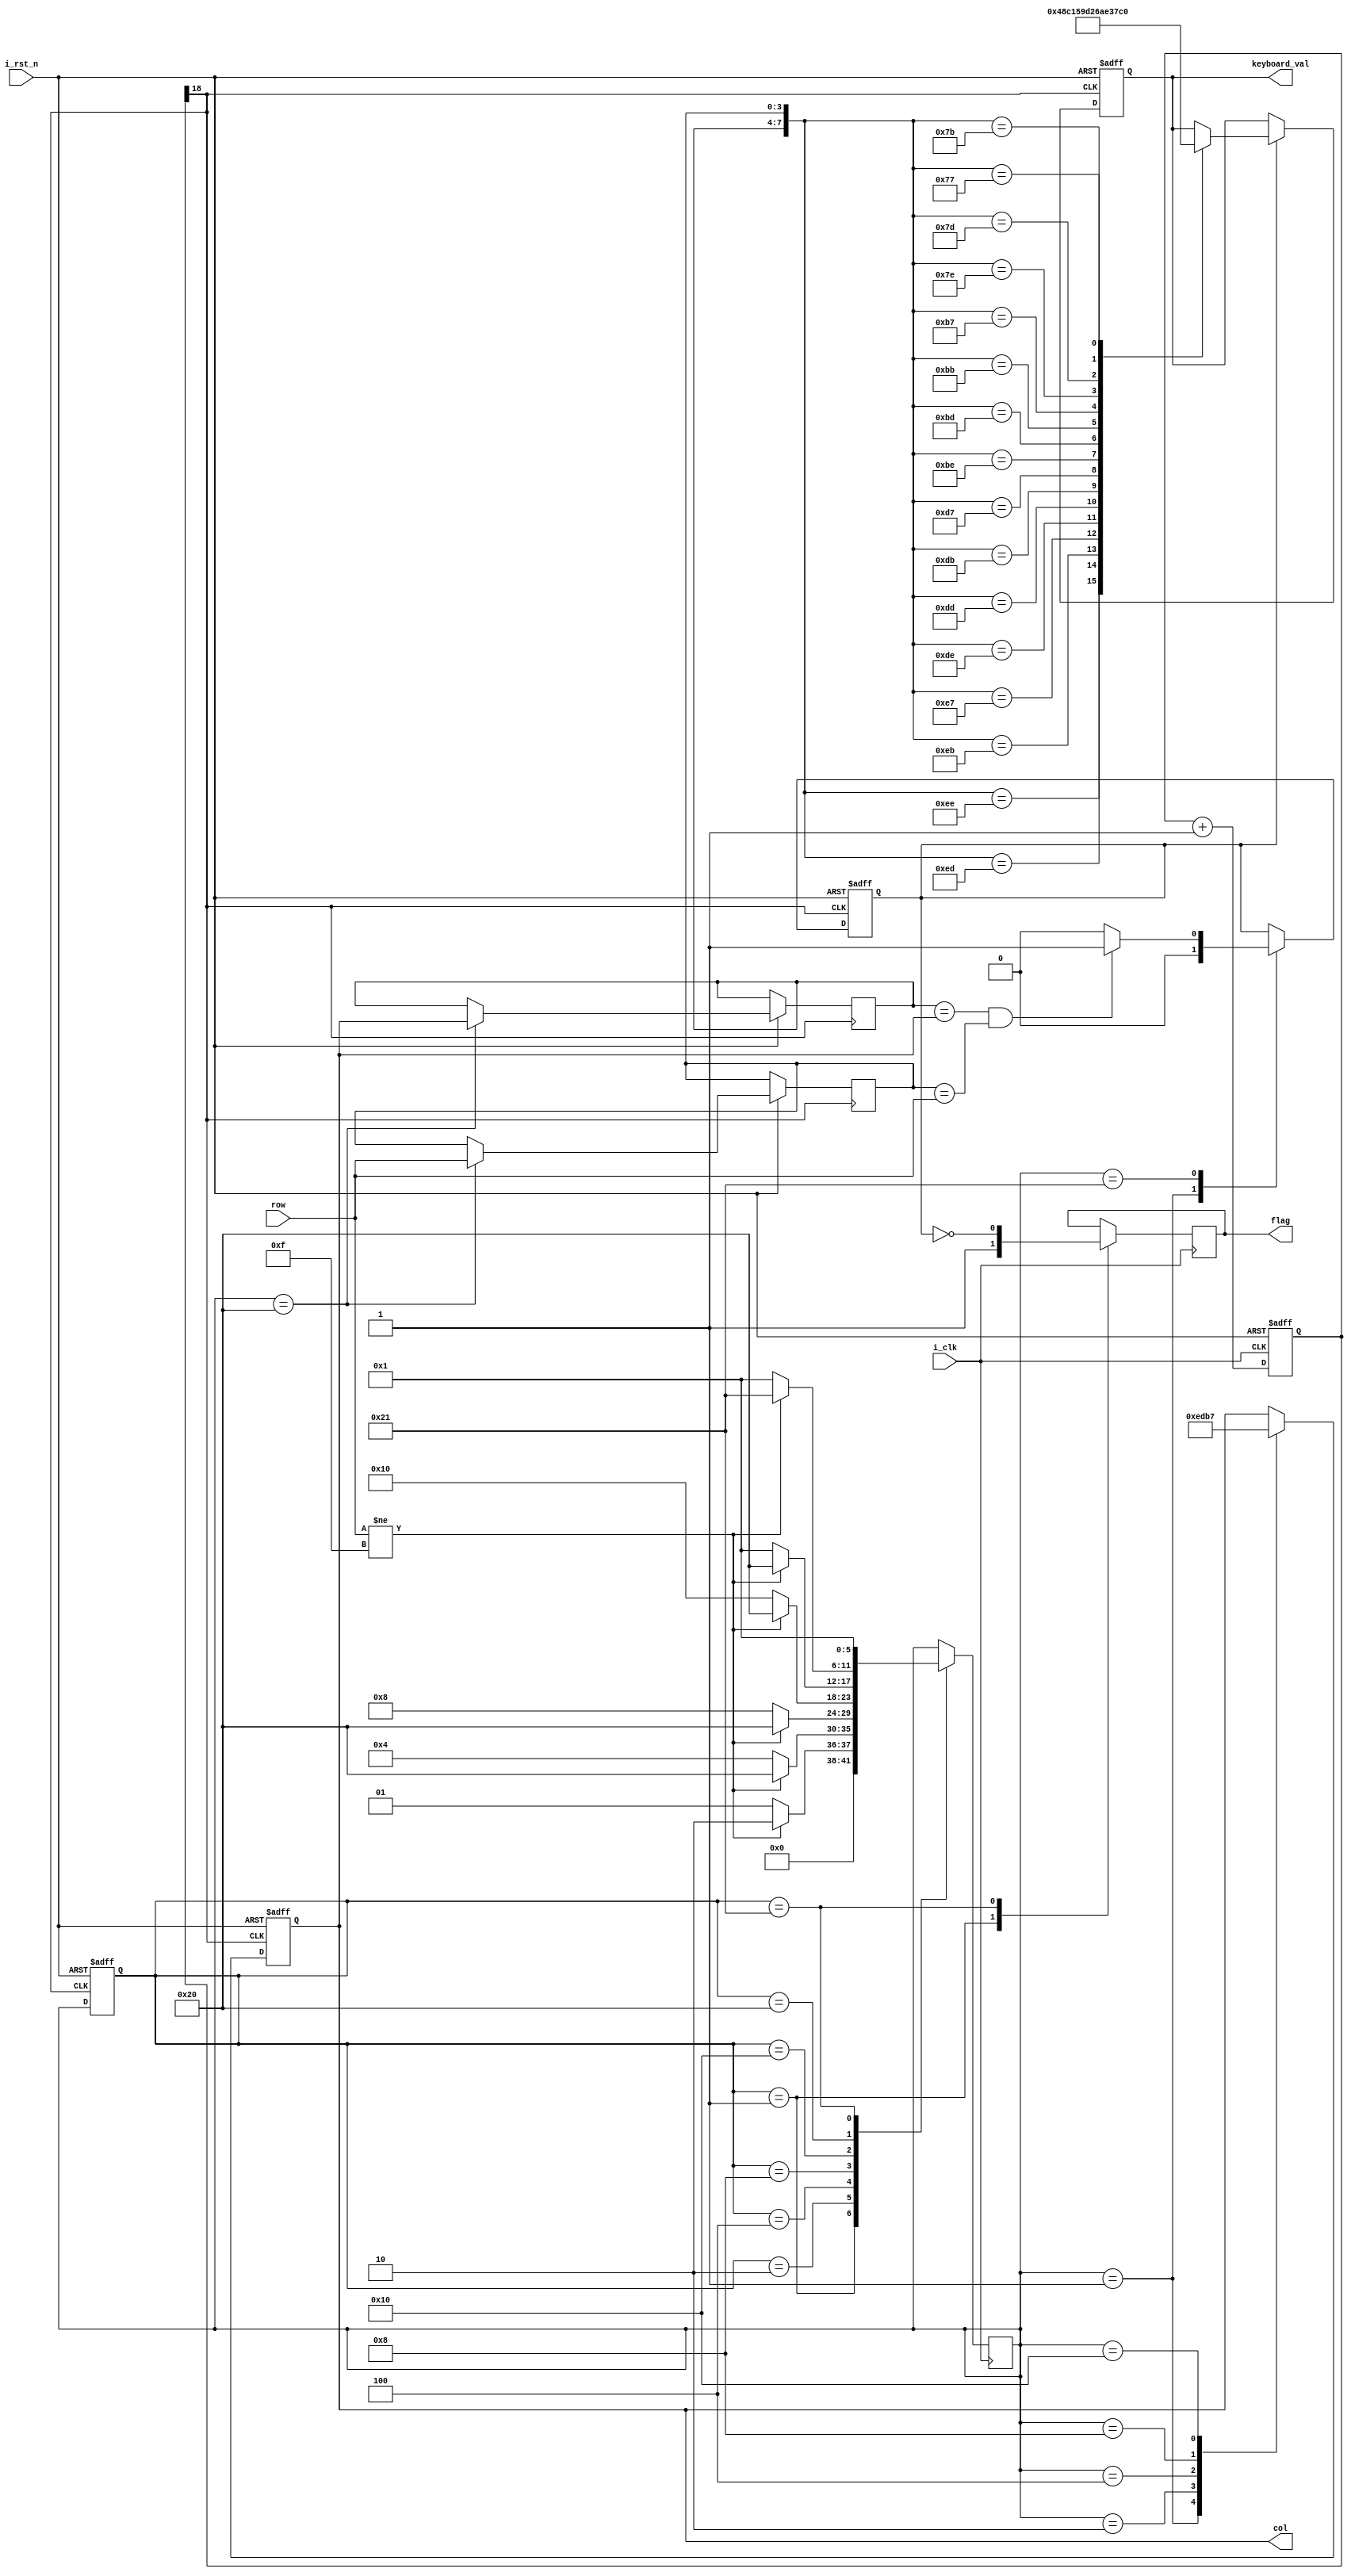
module keyboard(
  input            i_clk,
  input            i_rst_n,
  input      [3:0] row,                 //  
  output reg [3:0] col,                 //  
  output reg [3:0] keyboard_val,         // 
  output reg flag   
);

//++++++++++++++++++++++++++++++++++++++
//  
//++++++++++++++++++++++++++++++++++++++
reg [18:0] cnt;                         // 

always @ (posedge i_clk, negedge i_rst_n)
  if (!i_rst_n)
    cnt <= 0;
  else
    cnt <= cnt + 1'b1;
    

wire key_clk = cnt[18];                // (2^20/50M = 21)ms 

//--------------------------------------
//  
//--------------------------------------


//++++++++++++++++++++++++++++++++++++++
//  
//++++++++++++++++++++++++++++++++++++++
// 
parameter NO_KEY_PRESSED = 6'b000_001;  //   
parameter SCAN_COL0      = 6'b000_010;  // 0 
parameter SCAN_COL1      = 6'b000_100;  // 1 
parameter SCAN_COL2      = 6'b001_000;  // 2 
parameter SCAN_COL3      = 6'b010_000;  // 3 
parameter KEY_PRESSED    = 6'b100_000;  // 
parameter DEBOUNCE       = 6'b100_001;

reg [5:0] current_state, next_state;    // 
reg key_pressed_flag;             // 
always @ (posedge key_clk, negedge i_rst_n)
  if (!i_rst_n)
    current_state <= NO_KEY_PRESSED;
  else
    current_state <= next_state;

// 
always @ (posedge i_clk)
  case (current_state)
    NO_KEY_PRESSED :                    // 
		  begin
		  flag <= 1'b1;
        if (row != 4'hF)
          next_state = SCAN_COL0;
        else
          next_state = NO_KEY_PRESSED;
		  end
    SCAN_COL0 :                         // 0 
        if (row != 4'hF)
          next_state = KEY_PRESSED;
        else
          next_state = SCAN_COL1;
    SCAN_COL1 :                         // 1 
        if (row != 4'hF)
          next_state = KEY_PRESSED;
        else
          next_state = SCAN_COL2;    
    SCAN_COL2 :                         // 2
        if (row != 4'hF)
          next_state = KEY_PRESSED;
        else
          next_state = SCAN_COL3;
    SCAN_COL3 :                         // 3
        if (row != 4'hF)
          next_state = KEY_PRESSED;
        else
          next_state = NO_KEY_PRESSED;
    KEY_PRESSED :                       // 
        if (row != 4'hF)
		  begin
          next_state = DEBOUNCE;
			 
		  end
        else
          next_state = NO_KEY_PRESSED;
    DEBOUNCE :
			begin
			 flag <= ~key_pressed_flag;
          next_state <= NO_KEY_PRESSED;
			end
  endcase



reg delay_flag;
reg [3:0] col_val, row_val;             // 
//reg [3:0] col_val_r, row_val_r;
// 
always @ (posedge key_clk, negedge i_rst_n)
  if (!i_rst_n)
  begin
    col              <= 4'h0;
    key_pressed_flag <=    0;
	 //flag <= 1;
  end
  else
    case (next_state)
      NO_KEY_PRESSED :                  // 
      begin
        col              <= 4'h0;
        key_pressed_flag <=    0;       // 
      end
      SCAN_COL0 :                       // 0
        col <= 4'b1110;
      SCAN_COL1 :                       // 1
        col <= 4'b1101;
      SCAN_COL2 :                       // 2
        col <= 4'b1011;
      SCAN_COL3 :                       // 3
        col <= 4'b0111;
      KEY_PRESSED :                     // 
      begin
        col_val          <= col;        // 
        row_val          <= row;        // 
        //key_pressed_flag <= 1;          //   
      end
      DEBOUNCE :
      begin
        if(col_val == col && row_val == row)
		  begin
          key_pressed_flag <= 1;
			 //flag <= 0;
		  end
        else
		  begin
          key_pressed_flag <= 0;
			 //flag <= 1;
		  end
      end
		default: col <= col;
    endcase
//--------------------------------------
//  
//--------------------------------------


//++++++++++++++++++++++++++++++++++++++
//  
//++++++++++++++++++++++++++++++++++++++
always @ (posedge key_clk, negedge i_rst_n)
  if (!i_rst_n)
    keyboard_val <= 4'h0;
  else
    if (key_pressed_flag)
      case ({col_val, row_val})
        8'b1110_1110 : keyboard_val <= 4'h0;
        8'b1110_1101 : keyboard_val <= 4'h4;
        8'b1110_1011 : keyboard_val <= 4'h8;
        8'b1110_0111 : keyboard_val <= 4'hC;
        
        8'b1101_1110 : keyboard_val <= 4'h1;
        8'b1101_1101 : keyboard_val <= 4'h5;
        8'b1101_1011 : keyboard_val <= 4'h9;
        8'b1101_0111 : keyboard_val <= 4'hD;
        
        8'b1011_1110 : keyboard_val <= 4'h2;
        8'b1011_1101 : keyboard_val <= 4'h6;
        8'b1011_1011 : keyboard_val <= 4'hA;
        8'b1011_0111 : keyboard_val <= 4'hE;
        
        8'b0111_1110 : keyboard_val <= 4'h3; 
        8'b0111_1101 : keyboard_val <= 4'h7;
        8'b0111_1011 : keyboard_val <= 4'hB;
        8'b0111_0111 : keyboard_val <= 4'hF;
		  default:keyboard_val <= keyboard_val;
      endcase
	else keyboard_val <= keyboard_val;
//--------------------------------------
//   
//--------------------------------------
      
endmodule